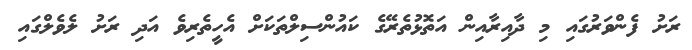
ރަށު ފެންވަރުގައި މި ދާއިރާއިން އަތޮޅުތެރޭގެ ކައުންސިލްތަކަށް އެހީތެރިވެ އަދި ރަށު ލެވެލްގައި